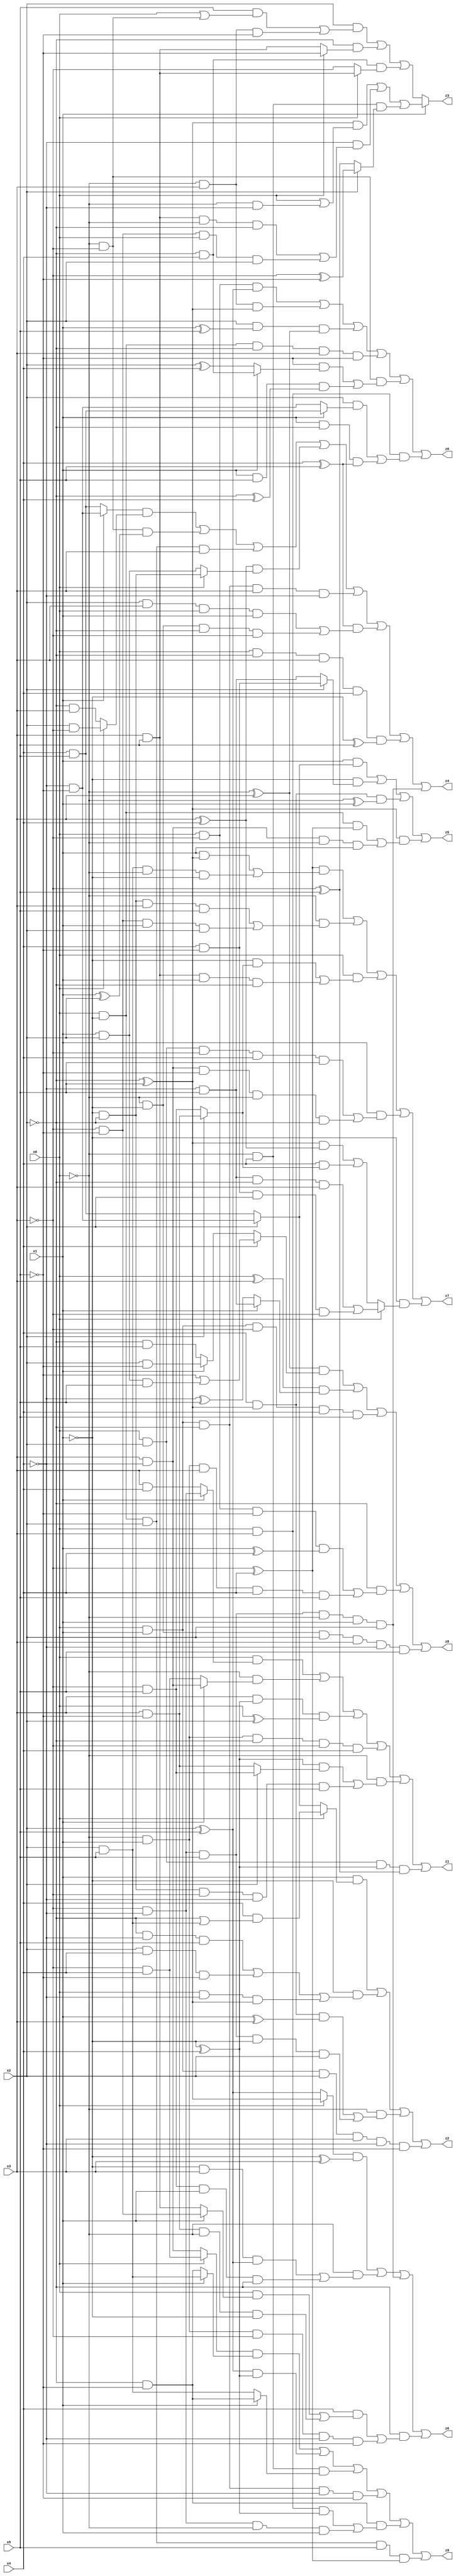
// Benchmark "X_46" written by ABC on Mon Jun 05 19:34:44 2023

module X_46 ( 
    x0, x1, x2, x3, x4, x5,
    z0, z1, z2, z3, z4, z5, z6, z7, z8, z9  );
  input  x0, x1, x2, x3, x4, x5;
  output z0, z1, z2, z3, z4, z5, z6, z7, z8, z9;
  assign z0 = (x0 & ~x3 & (x2 ^ x5)) | (~x0 & x3 & (~x2 ^ x5)) | (x2 & (x1 ^ x5) & (~x0 ^ x3)) | (x0 & ~x1 & ~x2 & x3 & ~x5) | (~x0 & ~x3 & ((~x5 & (x1 ? (~x2 & x4) : (x2 ^ x4))) | (x1 & x5 & (~x2 ^ x4)))) | (x0 & x3 & ((x2 & (x1 ? (x4 & x5) : (~x4 & ~x5))) | (x1 & ~x2 & (x4 ^ x5))));
  assign z1 = (x0 & (x1 ? (~x3 & ~x4) : (x3 & x4))) | (~x0 & (x1 ? (x3 & ~x4) : (~x3 & x4))) | (x3 & (~x1 ^ x4) & (x0 ^ x2)) | (~x0 & x1 & ~x2 & ~x3 & x4) | (~x0 & (((~x1 ^ x4) & (x2 ? (~x3 & x5) : (x3 & ~x5))) | (~x1 & ~x2 & ~x3 & ~x4 & x5))) | (x0 & x2 & (~x1 ^ x4) & (~x3 ^ x5));
  assign z2 = (x1 & (x0 ? (x4 & (~x2 | (x2 & x5))) : (x2 ? (~x4 & ~x5) : (x4 & x5)))) | (~x1 & ((~x2 & ~x4 & x5) | (x2 & x4 & ~x5) | (x0 & ~x4 & (~x2 ^ x5)))) | (~x0 & ((x4 & (~x2 ^ x5) & (x1 ^ x3)) | (~x3 & ~x4 & x5 & ~x1 & x2))) | (x0 & x1 & x2 & x3 & ~x4 & ~x5);
  assign z3 = x1 ? (((~x2 ^ x5) & (x0 | (~x0 & ~x4))) | (~x4 & ((x3 & x5 & ~x0 & ~x2) | (~x3 & ~x5 & x0 & x2))) | (~x0 & x4 & (x2 ? (~x3 ^ ~x5) : (~x3 ^ x5)))) : ((x2 & ((x5 & (x0 | (~x0 & ~x3))) | (~x0 & x3 & ~x5))) | (~x2 & (x0 ? ~x5 : (x3 & x5))) | (~x2 & x4 & (x0 ? (x3 & x5) : ~x3)));
  assign z4 = ((x1 ? (~x4 & ~x5) : (x4 & x5)) & (x0 ? (x2 & ~x3) : (~x2 & x3))) | (~x0 & ~x3 & (x1 ^ x2)) | (x0 & ~x1 & x2 & x3) | ((x3 ^ x4) & (x0 ? (~x1 & ~x2) : (x1 & x2))) | (x0 & x1 & ~x2 & x3 & ~x4) | ((x4 ^ x5) & ((x2 & x3 & x0 & x1) | (~x0 & ~x1 & ~x2 & ~x3))) | (x0 & ~x2 & x3 & x4 & (~x1 ^ x5)) | (~x3 & ~x4 & x5 & ~x0 & x1 & x2);
  assign z5 = (x1 & (x2 ? (~x4 & ~x5) : (x4 & x5))) | (~x1 & (x2 ? (x4 & ~x5) : (~x4 & x5))) | (x4 & (~x2 ^ x5) & (~x0 ^ x1)) | ((~x2 ^ x5) & ((x0 & ~x1 & (~x3 ^ x4)) | (x3 & ~x4 & ~x0 & x1)));
  assign z6 = ((x0 ? (~x2 ^ x5) : (x2 ^ x5)) & (~x1 ^ x3)) | (~x0 & ((~x1 & x3 & (x2 ^ x5)) | (~x3 & x5 & x1 & ~x2))) | (~x3 & ~x4 & x5 & ~x0 & x1 & x2) | (~x2 & ((x4 & ((x0 & (x1 ? (~x3 & ~x5) : (x3 & x5))) | (x3 & ~x5 & ~x0 & ~x1))) | (~x0 & x1 & ~x3 & ~x4 & ~x5)));
  assign z7 = ((~x3 ^ x4) & ((x1 & (~x2 ^ x5)) | (x2 & x5 & ~x0 & ~x1))) | (~x0 & ((~x1 & ~x2 & x3 & x5) | (~x3 & ~x5 & x1 & x2))) | (x0 & ((~x1 & (x2 ? (x3 & ~x5) : (~x3 & x5))) | (x3 & x5 & x1 & ~x2))) | (x1 & ((x0 & x2 & ~x3 & x4 & x5) | (x3 & ~x4 & ~x5 & ~x0 & ~x2))) | (~x1 & (x0 ? ((~x4 & x5 & ~x2 & x3) | (x4 & ~x5 & x2 & ~x3)) : (((~x2 ^ x5) & (x3 ^ x4)) | (x4 & (x2 ? (x3 & ~x5) : (~x3 & x5))))));
  assign z8 = ((~x0 ^ x3) & (x4 ? (~x5 | (x1 & x2 & x5)) : (x1 ? (x2 & ~x5) : (~x2 & x5)))) | ((x0 ^ x3) & (x1 ? (~x4 & x5) : (~x4 ^ x5))) | (x0 & x1 & ~x3 & x4 & x5) | (~x2 & ((x0 & ~x3 & ~x5 & (x1 ^ x4)) | (~x0 & x1 & x3 & x4 & x5))) | (~x0 & ~x1 & x2 & x3 & ~x4 & x5);
  assign z9 = ((x0 ? (~x3 & x4) : (x3 & ~x4)) & (x1 ? (x2 & x5) : (~x2 & ~x5))) | ((x2 ^ x5) & (~x1 ^ x4)) | (~x0 & x4 & (x1 ? (~x2 & ~x5) : (x2 & x5))) | (x0 & x1 & ~x2 & ~x4 & ~x5) | (~x2 & ~x5 & ((x0 & x3 & (~x1 ^ x4)) | (~x3 & ~x4 & ~x0 & x1))) | (x0 & ~x1 & x2 & x5 & (~x3 ^ x4));
endmodule